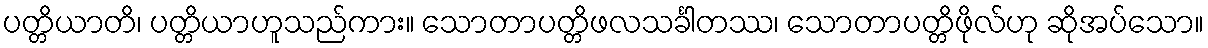
ပတ္တိယာတိ၊ ပတ္တိယာဟူသည်ကား။ သောတာပတ္တိဖလသင်္ခါတဿ၊ သောတာပတ္တိဖိုလ်ဟု ဆိုအပ်သော။